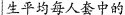
生平均每人套中的